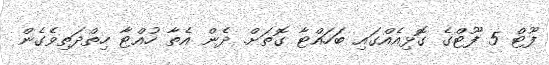
ފޫޓް 5 ފޫޓްގެ ގޮޅިއެއްގައި ބަހައްޓާ ގޮތަށް. ދެން އެތާ ހުއްޓާ ހިތްދަތިވެގެން